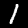
Label: 1